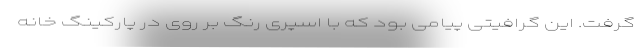
گرفت. این گرافیتی پیامی بود که با اسپری رنگ بر روی در پارکینگ خانه